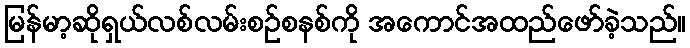
မြန်မာ့ဆိုရှယ်လစ်လမ်းစဉ်စနစ်ကို အကောင်အထည်ဖော်ခဲ့သည်။